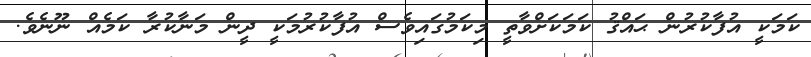
ކަމަކީ އުފާކުރުން ޙައްޤު ކަމަކަށްވާތީ މިކަމުގައިވެސް އުފާކުރުމަކީ ދީން މަނާކުރާ ކަމެއް ނޫނެވެ.